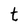
Character: t